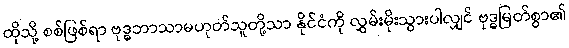
ထိုသို့ စစ်ဖြစ်ရာ ဗုဒ္ဓဘာသာမဟုတ်သူတို့သာ နိုင်ငံကို လွှမ်းမိုးသွားပါလျှင် ဗုဒ္ဓမြတ်စွာ၏